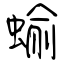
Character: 蝓